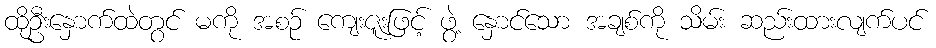
ထိုဦးနှောက်ထဲတွင် မကို အစဉ် ကျေးဇူးဖြင့် ဖွဲ့ နှောင်သော အချစ်ကို သိမ်း ဆည်းထားလျက်ပင်